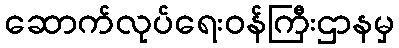
ဆောက်လုပ်ရေးဝန်ကြီးဌာနမှ